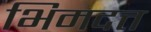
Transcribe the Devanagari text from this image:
भिमदत्त